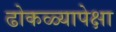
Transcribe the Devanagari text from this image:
ढोकळ्यापेक्षा